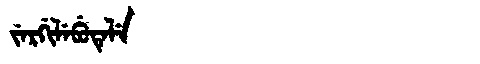
Manchu: ᠵᡝᡵᡤᡳᠯᡝᠪᡠᡨᡝᠯᡝ
Romanization: JERGILEBUTELE